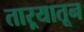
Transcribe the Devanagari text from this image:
ताऱ्यातून